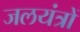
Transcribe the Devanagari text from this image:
जलयंत्रों